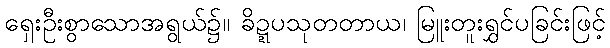
ရှေးဦးစွာသောအရွယ်၌။ ခိဍ္ဍပသုတတာယ၊ မြူးတူးရွှင်ပခြင်းဖြင့်